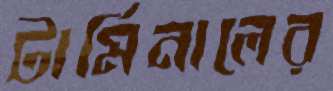
টার্মিনালের